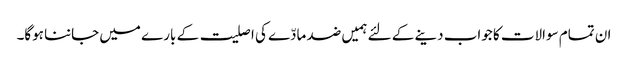
ان تمام سوالات کا جواب دینے کے لئے ہمیں ضد مادّے کی اصلیت کے بارے میں جاننا ہوگا۔